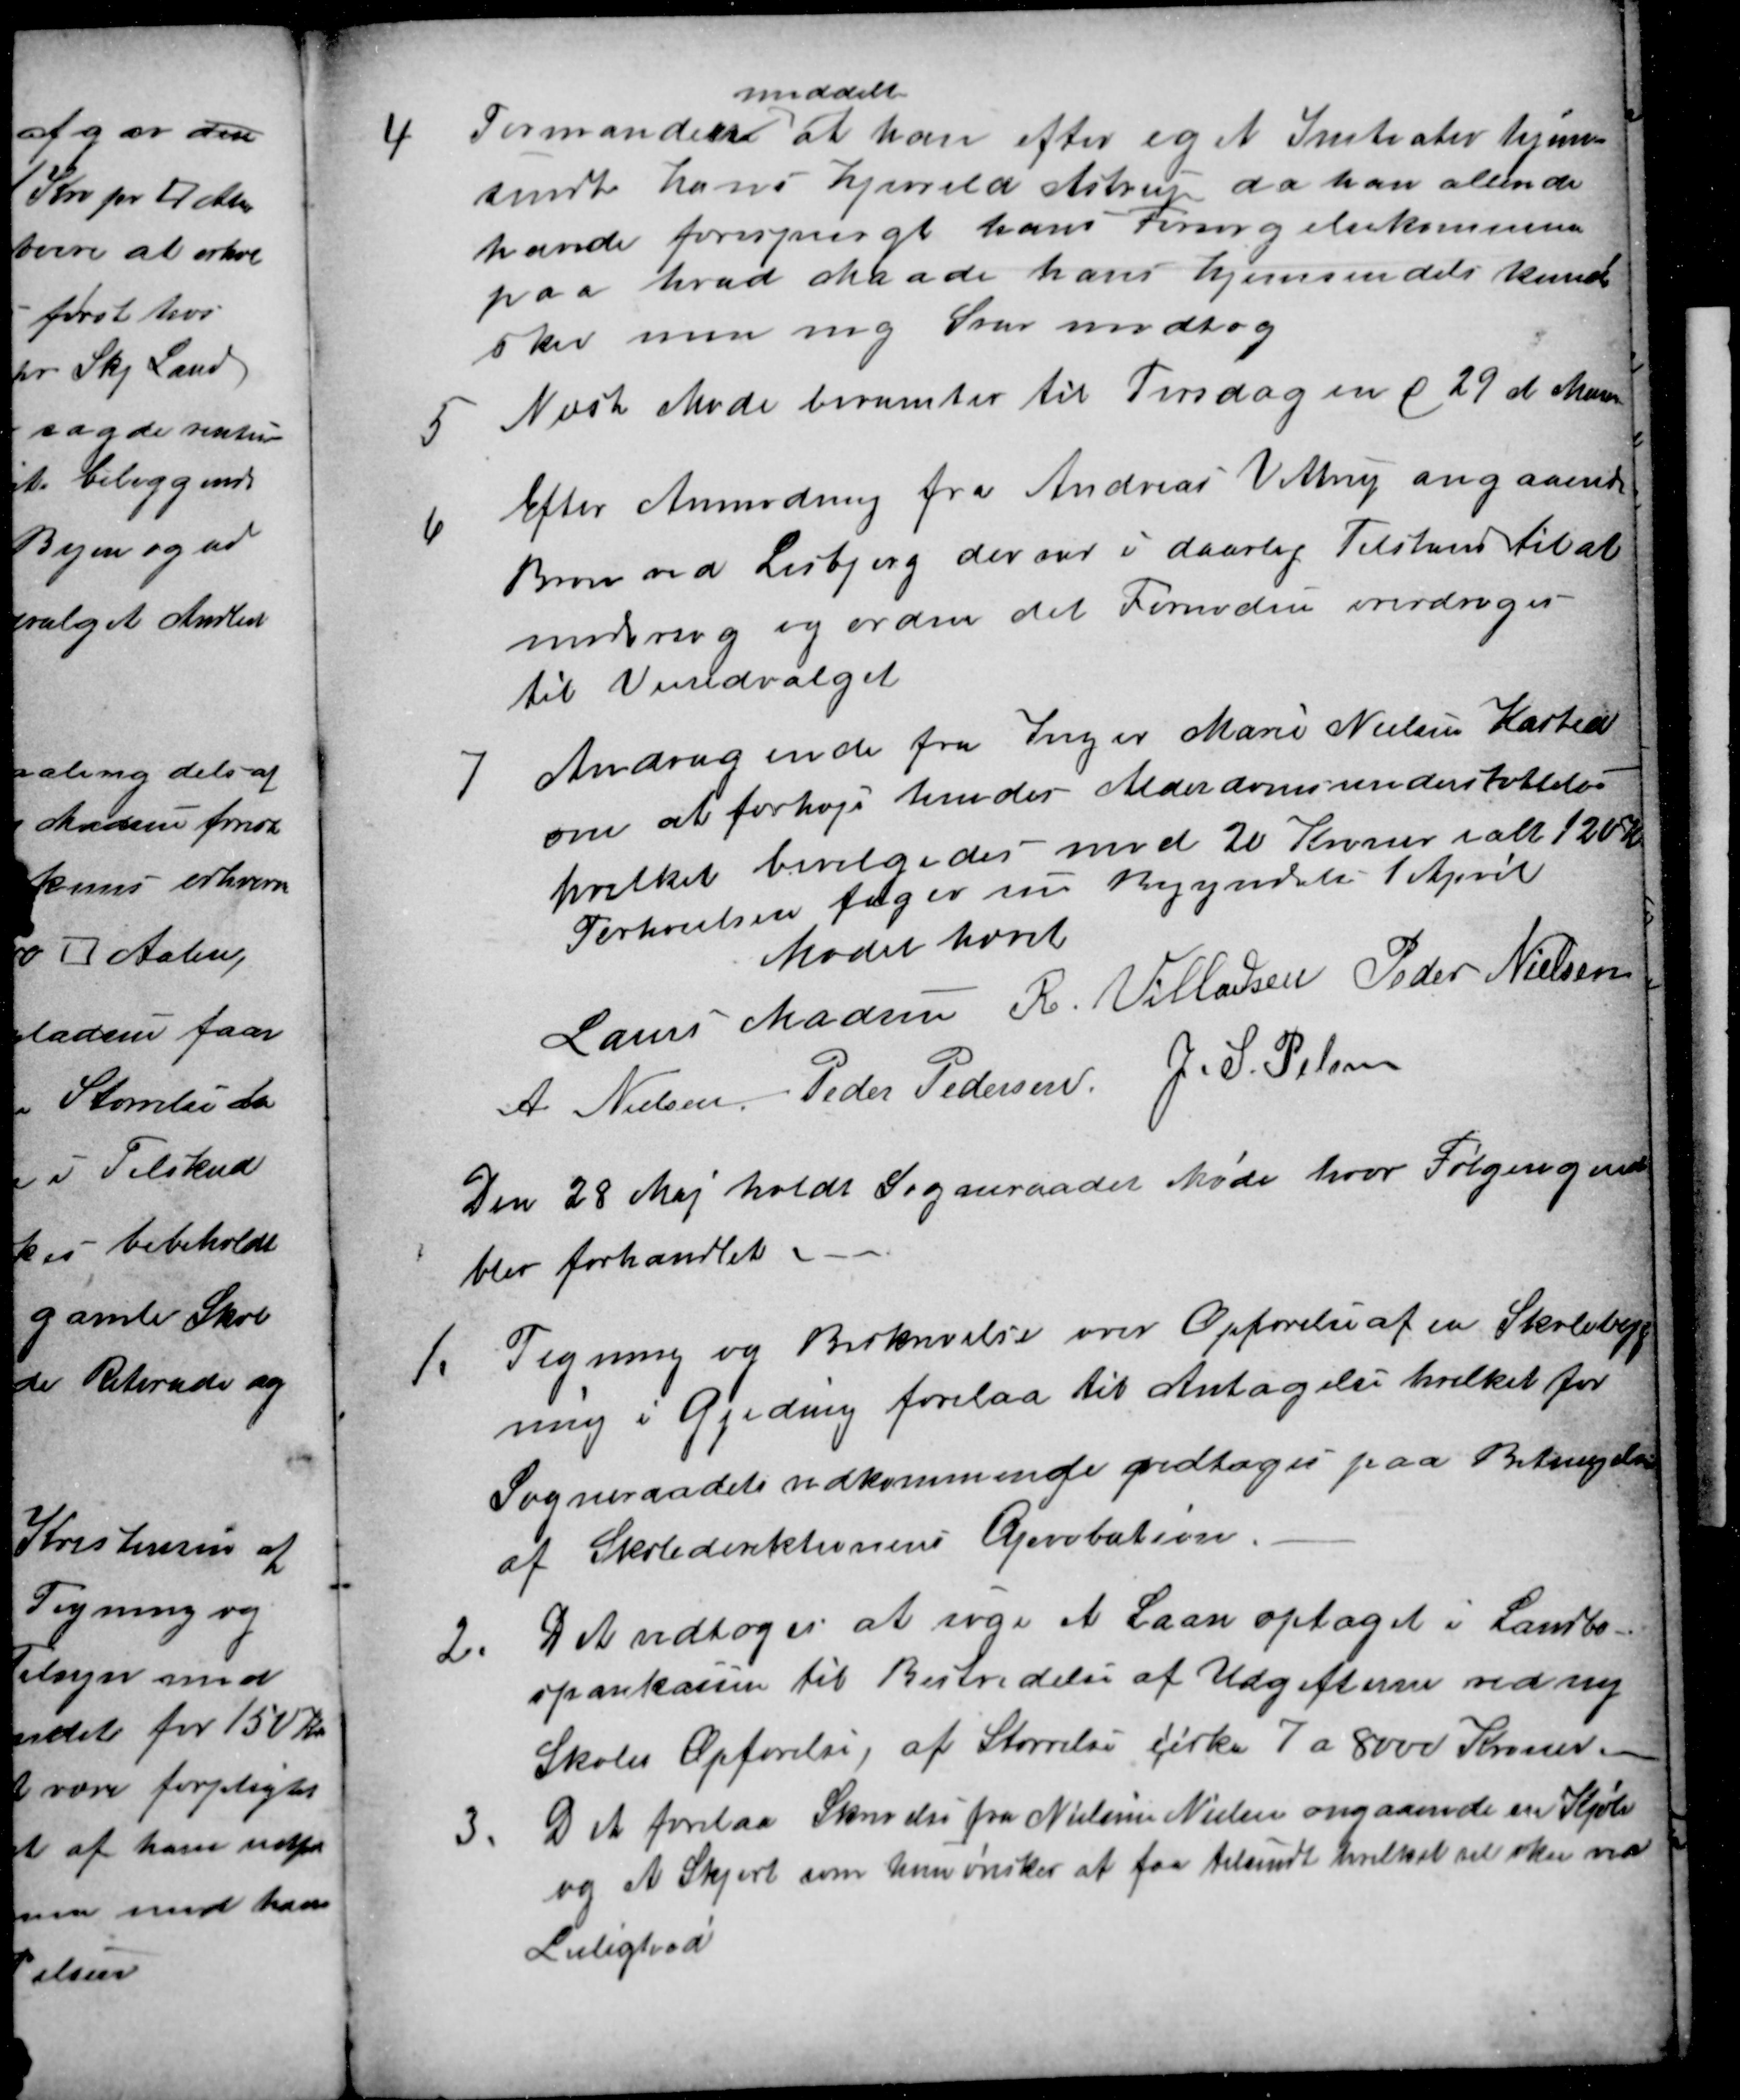
Transskription:
1
Formanden
meddelte
at han efter eget Initiativ hjem-
sendte Hans Hjerrild Astrup da han allerede
havde forespurgt hans Forsørgelsekommune
paa hvad Maade hans hjemsendels kunde
sker men ing Svar modtog
5
Næste Møde beramtes til Tirsdagen d 29 d Maj
6
Efter Anmodning fra Andreas Vittrup angaaende
Broen ved Lisbjerg der var i daarlig Tilstand til at
vurdering og ordne det Fornødne overdroges
til Veiudvalget
7
Andragende fra Inger Marie Nielsen Kasted
om at forhøje hendes Alderdomsunderstøttelse
hvilket bevilgedes med 20 Kroner i alt 120 Kr
Forhøjelsen tager sin Begyndelse 1 April
Mødet hævet
Laurs Madsen R. Villadsen Peder Nielsen
A. Nielsen Peder Pedersen
J.S. Pelsen
Den 28 Maj holdt Sogneraadet Møde hvor Følgende
blev forhandlet.
1.
Tegning og Beskrivelse over Opførelse af en Skolebygg
ning i Gjeding forelaa til Antagelse hvilket for
Sogneraadets vedkommende vedtoges paa Betingelse
af Skoledirektionens Aprobation.
2.
Det vedtoges at søge et Laan optaget i Landbo-
sparekassen til Bestridelse af Udgifterne ved ny
Skoles Opførelse, af Størrelse cirka 7 a 8000 Kroner.
3.
Det forelaa Skrivelse fra Nielsine Nielsen angaaende en Kjole
og et Skjørt som hun ønsker at faa tilsendt hvilket vil ske ved
Leilighed